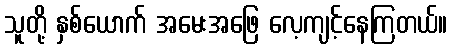
သူတို့ နှစ်ယောက် အမေးအဖြေ လေ့ကျင့်နေကြတယ်။